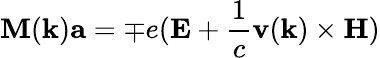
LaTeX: \mathbf{M}(\mathbf{k})\mathbf{a}=\mp e(\mathbf{E}+{\frac{1}{c}}\mathbf{v}(\mathbf{k})\times\mathbf{H})